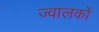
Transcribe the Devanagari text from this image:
ज्वालकों